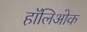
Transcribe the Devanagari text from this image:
हॉलिओक